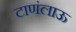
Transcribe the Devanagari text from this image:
टाणंलाऊ